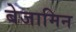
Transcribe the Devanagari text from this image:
बेजामिन